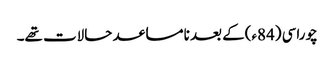
چوراسی (84ء)کے بعد نامساعد حالات تھے۔